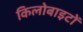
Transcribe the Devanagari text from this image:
किलोबाइटों